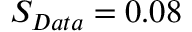
S _ { D a t a } = 0 . 0 8 \